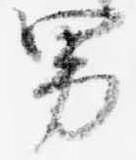
男